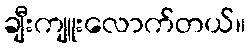
ချီးကျူးလောက်တယ်။